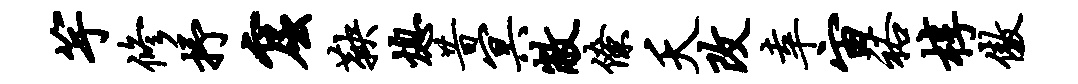
竽修抒窟鞅熄昔冥敝僚夭改幸宙裕椁傲